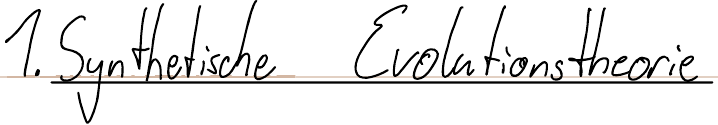
1. Synthetische Evolitionstheorie